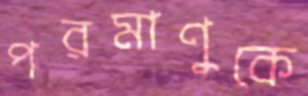
পরমাণুকে